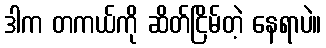
ဒါက တကယ်ကို ဆိတ်ငြိမ်တဲ့ နေရာပဲ။